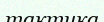
тактика